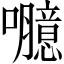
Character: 𡄯